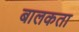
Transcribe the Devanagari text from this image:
बालकता